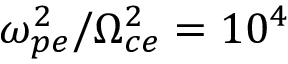
\omega _ { p e } ^ { 2 } / \Omega _ { c e } ^ { 2 } = 1 0 ^ { 4 }